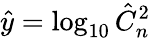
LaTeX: \hat{y}=\log_{10}\hat{C}_{n}^{2}